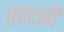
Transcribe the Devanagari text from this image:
एण्टनी